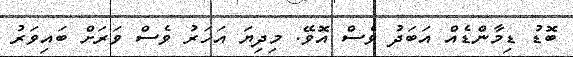
ބޮޑު ޑިމާންޑެއް އަބަދު ވެސް އޮވޭ. މިދިޔަ އަހަރު ވެސް ވަރަށް ބައިވަރު